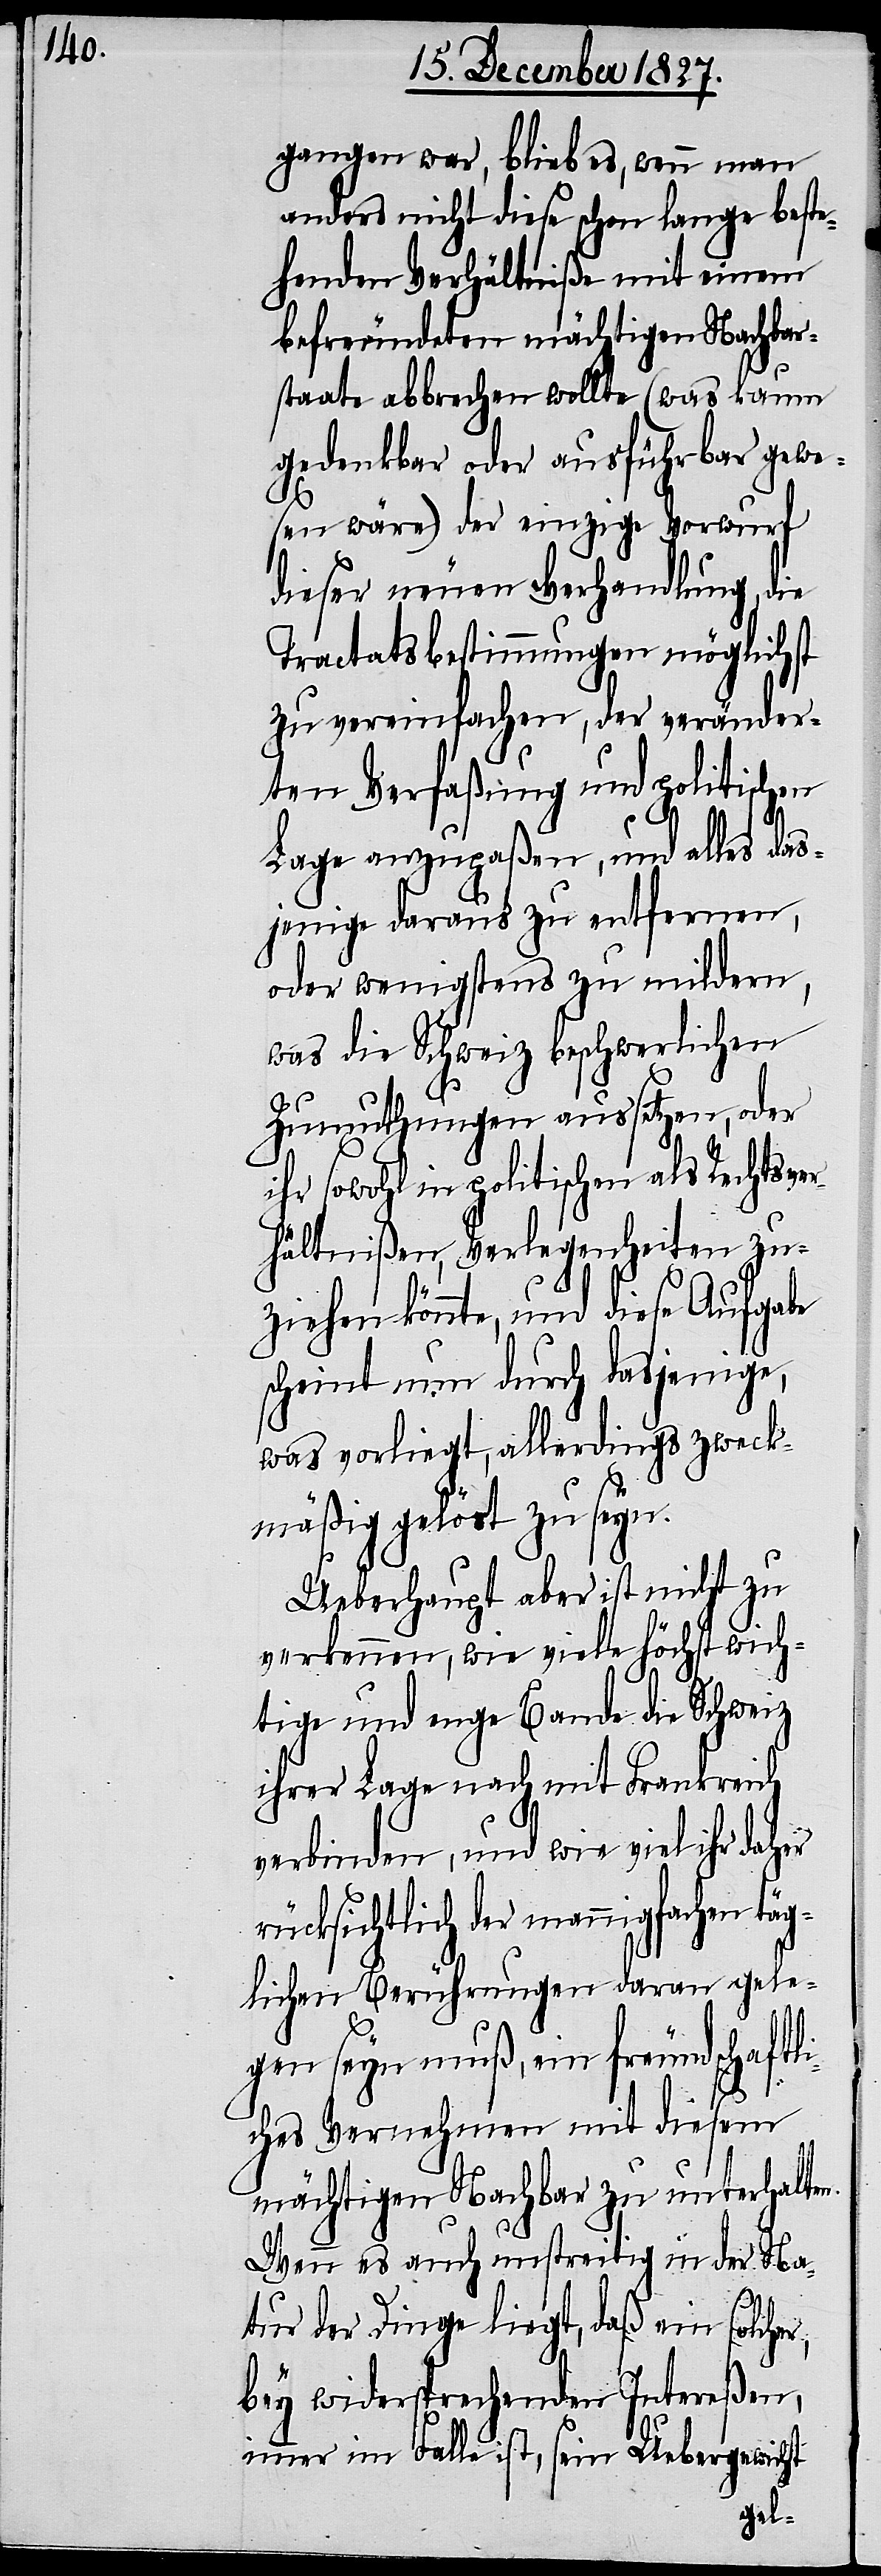
gangen war, blieb es, wenn man
anders nicht diese schon lange beste¬
henden Verhältniße mit einem
befreundeten mächtigen Nachbar¬
staate abbrechen wollte (was kaum
gedenkbar oder ausführbar gewe¬
sen wäre) der einzige Vorwurf
dieser neuen Verhandlung, die
Tractatsbestimmungen möglichst
zu vereinfachen, der veränder¬
ten Verfaßung und politischen
Lage anzupaßen, und alles das¬
jenige daraus zu entfernen,
oder wenigstens zu mildern,
was die Schweiz beschwerlichen
Zumuthungen aussetzen, oder
ihr sowohl in politischen als Rechtsver¬
hältnißen, Verlegenheiten zu¬
ziehen könnte, und diese Aufgabe
scheint nun durch dasjenige,
was vorliegt, allerdings zweck¬
mäßig gelöst zu seyn.
Ueberhaupt aber ist nicht zu
verkennen, wie viele höchst wich¬
tige und enge Bande die Schweiz
ihrer Lage nach mit Frankreich
verbinden, und wie viel ihr daher
rücksichtlich der mannigfachen täg¬
lichen Bemühungen daran gele¬
gen seyn muß, ein freundschaftl¬
iches Vernehmen mit diesem
mächtigen Nachbar zu unterhalten.
Wenn es auch unstreitig in der Na¬
tur der Dinge liegt, daß ein solcher,
bey widersprechenden Intereßen,
immer im Falle ist, sein Uebergewicht